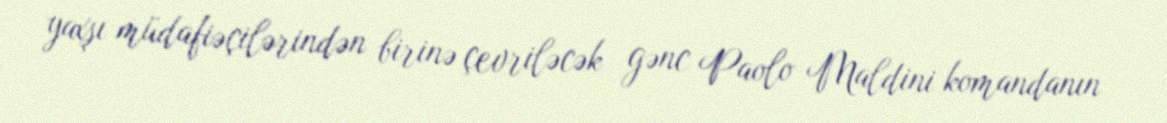
yaxşı müdafiəçilərindən birinə çevriləcək gənc Paolo Maldini komandanın